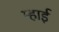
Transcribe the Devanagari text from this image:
म्हाई